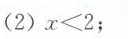
(2)$$x ≤ 2$$；